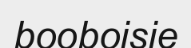
booboisie